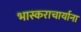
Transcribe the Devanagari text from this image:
भास्कराचार्याना